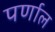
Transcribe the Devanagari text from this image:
पर्णाल